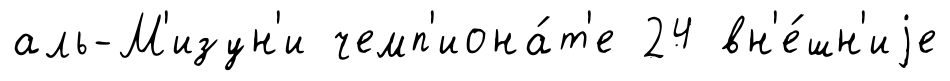
аль-М'изун'и чемп'иона́т'е 24 вн'е́шн'иjе